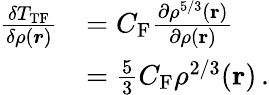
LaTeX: {\begin{array}{rl}{{\frac{\delta T_{\mathrm{TF}}}{\delta\rho({\boldsymbol{r}})}}}&{=C_{\mathrm{F}}{\frac{\partial\rho^{5/3}(\mathbf{r})}{\partial\rho(\mathbf{r})}}}\\ &{={\frac{5}{3}}C_{\mathrm{F}}\rho^{2/3}(\mathbf{r})\, .}\end{array}}